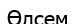
Өлсем